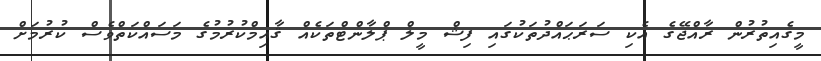
މީގެއިތުރުން ރާއްޖޭގެ އެކި ސަރަޙައްދުތަކުގައި ފިޝް މީލް ޕްލާންޓްތަކެއް ޤާއިމްކުރުމުގެ މަސައްކަތްވެސް ކުރުމަށް